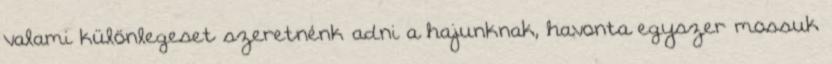
valami különlegeset szeretnénk adni a hajunknak, havonta egyszer mossuk